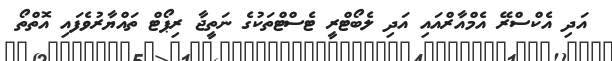
އަދި އެކްސްރޭ އެމްއާރްއައި އަދި ލެބޯޓްރީ ޓެސްޓްތަކުގެ ނަތީޖާ ރިޕޯޓް ތައްޔާރުވެފައި އޮތްތޯ